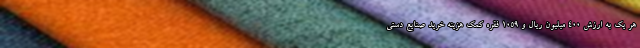
هر یک به ارزش 400 میلیون ریال و 1059 فقره کمک هزینه خرید صنایع دستی